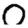
Digit: 0